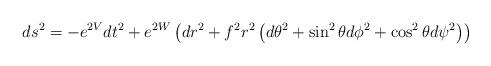
LaTeX: \begin{align*}ds^{2}=-e^{2V}dt^{2}+e^{2W}\left( dr^{2}+f^{2}r^{2}\left( d\theta ^{2}+\sin^{2}\theta d\phi ^{2}+\cos ^{2}\theta d\psi ^{2}\right) \right)\end{align*}